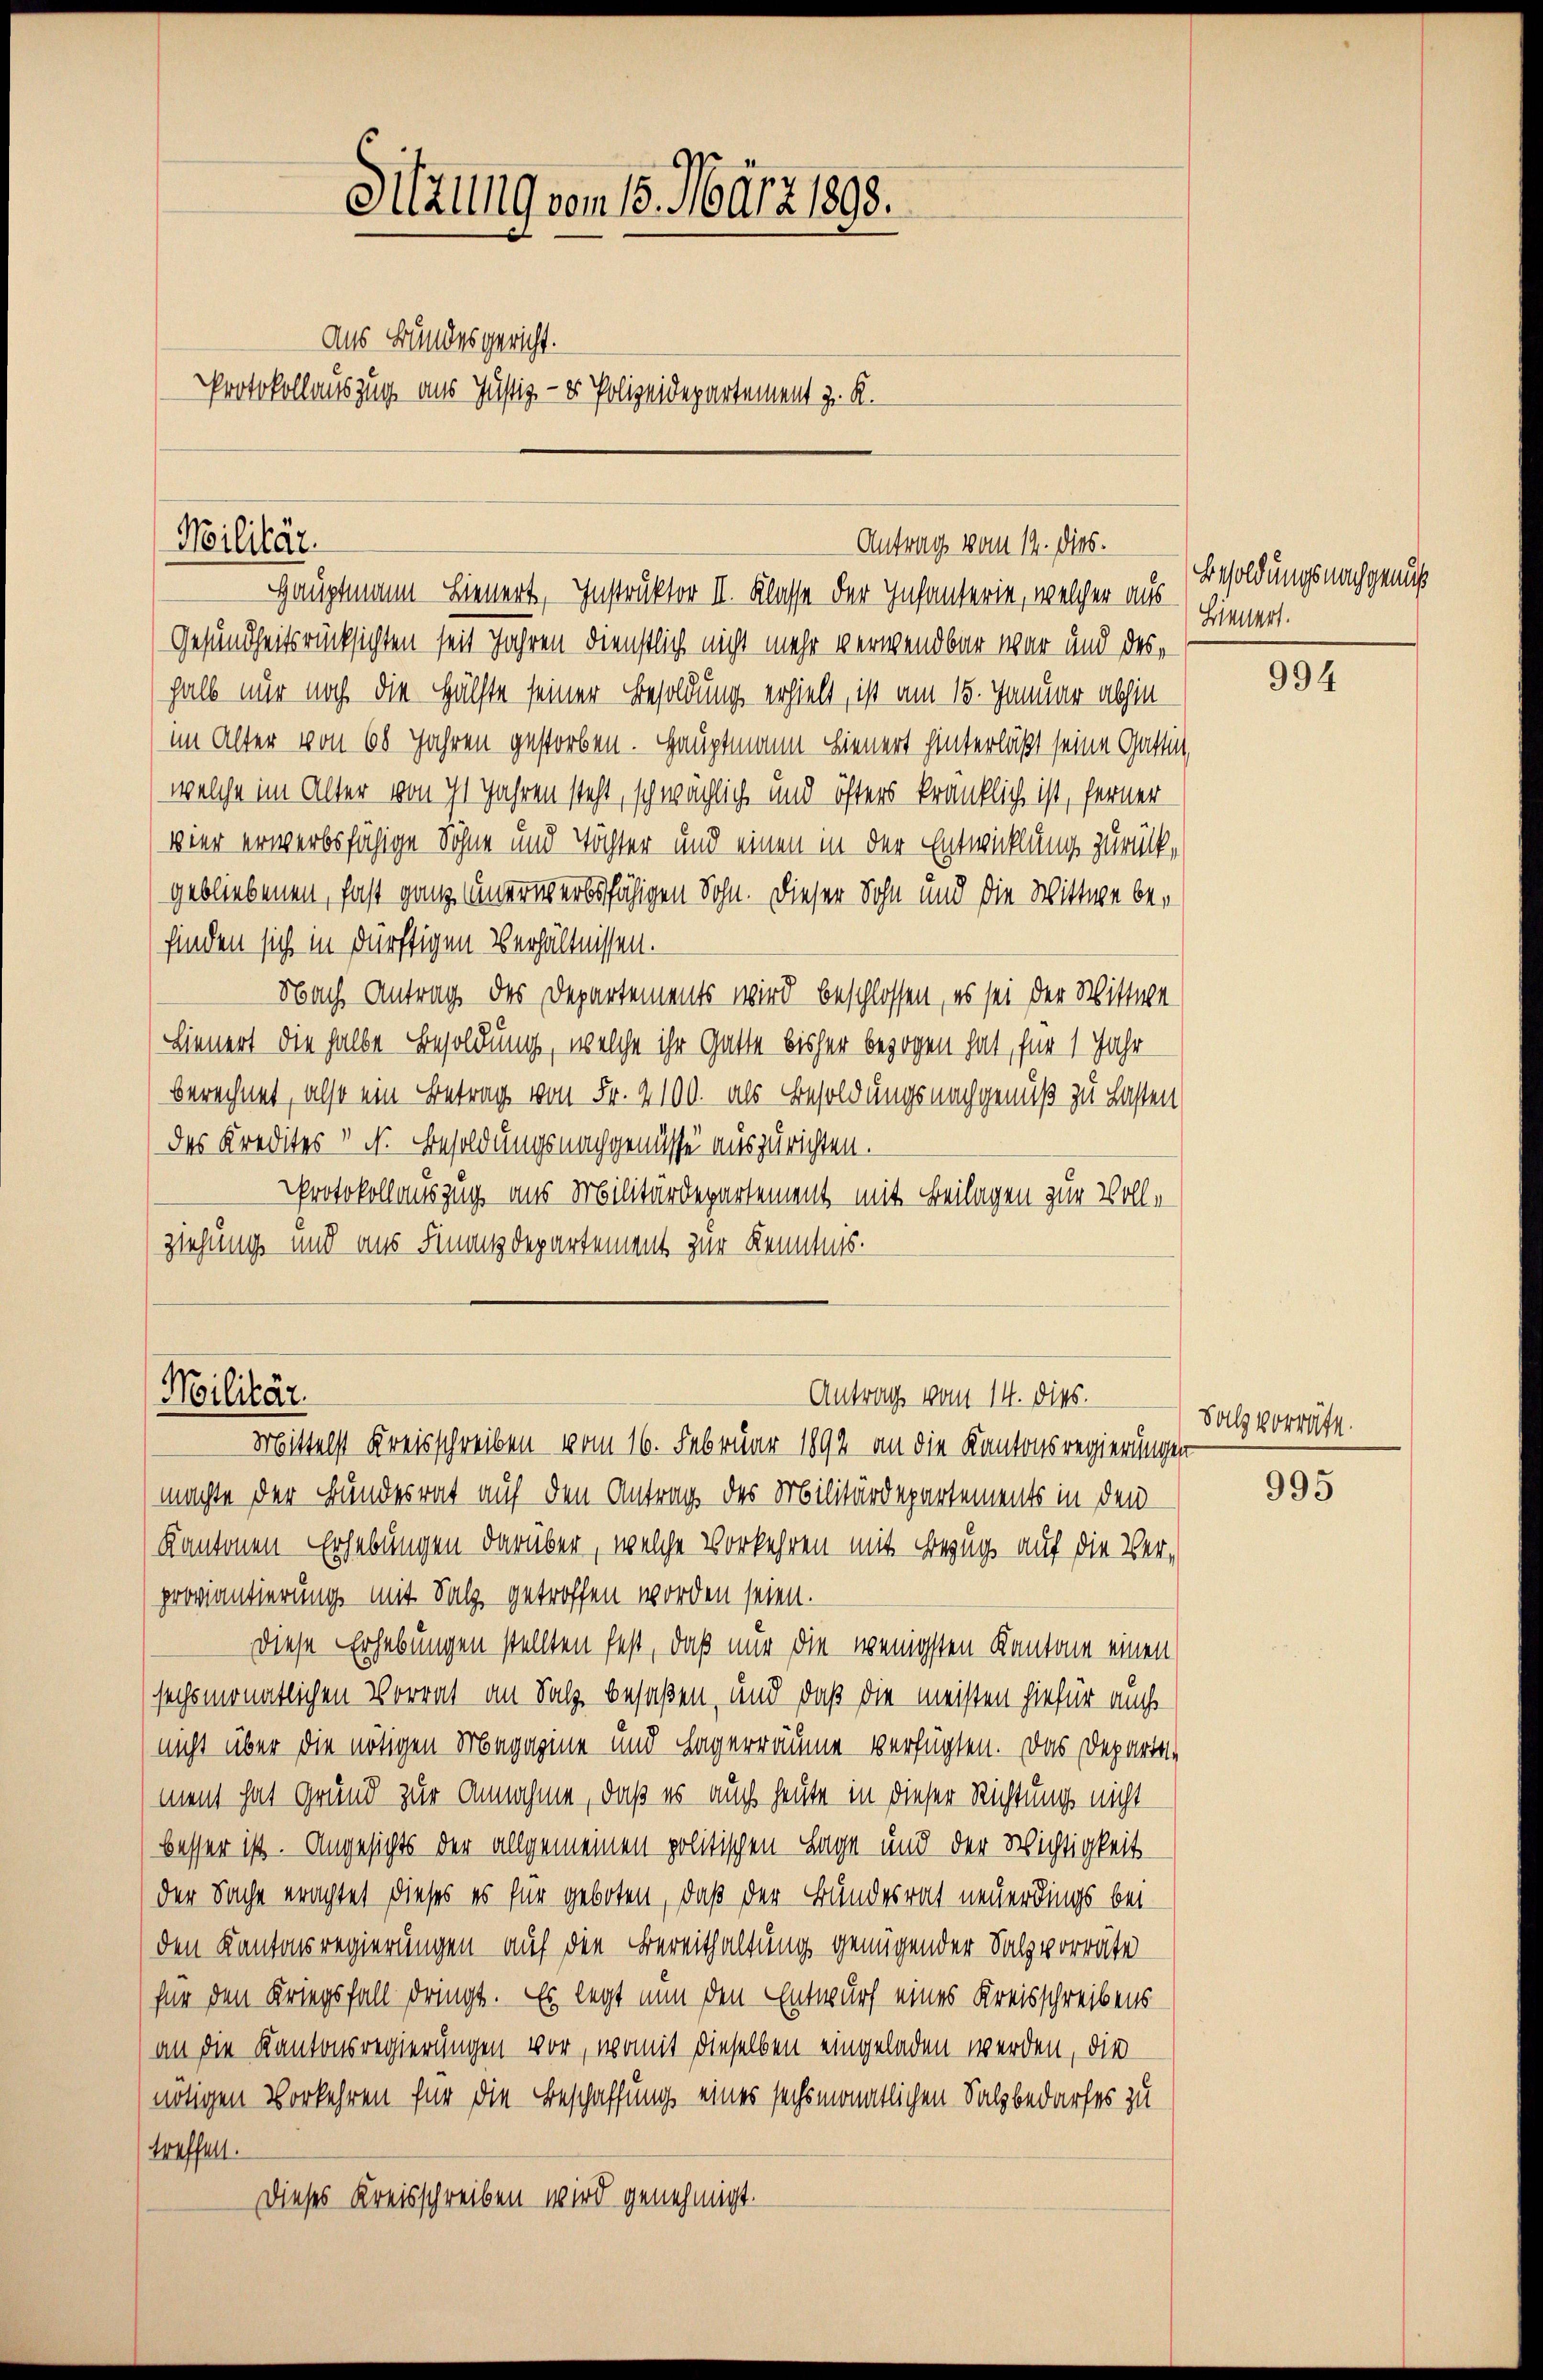
Sitzung vom 15. März 1898.
aus Bundesgericht.
Protokollauszug aus Justiz- & Polizeidepartement z. K.

Militär.
Antrag vom 14. dies.

Hauptmann Sinnert, Instruktor II. Klasse der Infanterie, welcher aus
Gesundheitsrücksichten seit Jahren dienstlich nicht mehr verwendbar war und deshalb nur noch die Hälfte seiner Besoldung erhielt, ist am 15. Januar abhin
im Alter von 68 Jahren gestorben. Hauptmann Lieuert hinterläßt seine Gattin,
welche im Alter von iht Jahren steht, schwächlich und öfters kränklich ist, ferner
vier erwerbsfähige Söhne und Töchter und einen in der Entwicklung zurückgebliebenen, fast ganz unerwerbsfähigen Sohn. Dieser Sohn und die Wittwe be-
finden sich in dürftigen Verhältnissen.
Nach Antrag des Departements wird beschlossen, es sei der Wittwe
Hienert die halbe Besoldung, welche ihr Gatte bisher bezogen hat, für 1 Jahr
berechnet, also ein Betrag von Fr. 2100. als Besoldungsnachgenuß zu Lasten
das Kredites  N. Besoldungsnachgenüsse auszurichten.
Protokollauszug aus Militärdepartement mit Beilagen zur Vollziehung und aus Finanzdepartement zur Kenntnis.

machte der Bundesrat auf den Antrag des Militärdepartements in den
Kantonen Erhebungen darüber, welche Vorkehren mit Bezug auf die Verproviantierung mit Salz getroffen worden seien.
Diese Erhebungen stellten fest, daß nur die wenigsten Kantone einen
sechsmonatlichen Vorrat an Salz besaßen, und daß die meisten hiefür auch
nicht über die nötigen Magazine und Lagerräume verfügten. Das Departement hat Grund zur Annahme, daß es auch heute in dieser Richtung nicht
besser ist. Angesichts der allgemeinen politischen Lage und der Wichtigkeit
der Sache erachtet dieses es für geboten, daß der Bundesrat neuerdings bei
den Kantonsregierungen auf die Bereithaltung genügender Salzvorräte
für den Kriegsfall dringt. Es legt nun den Entwurf eines Kreisschreibens
an die Kantonsregierungen vor, womit dieselben eingeladen werden, die
nötigen Vorkehren für die Beschaffung eines sechsmonatlichen Salzbedarfes zu
treffen.
Dieses Kreisschreiben wird genehmigt.

Militär.
Antrag vom 14. dies.
Mittelst Kreisschreiben vom 16. Februar 1892 an die Kantonsregierungen

Besoldungsnachgenuß
Binnert.

994

Soll vorräte.

995